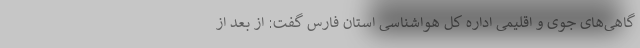
گاهی‌های جوی و اقلیمی اداره کل هواشناسی استان فارس گفت: از بعد از